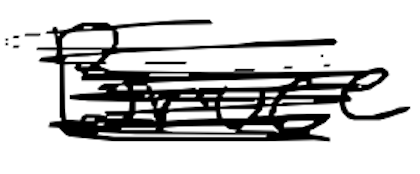
Text: Bruce
Cross-out: scratch
Writing tool: digital_black